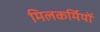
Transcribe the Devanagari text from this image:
मिलकर्मियों